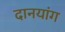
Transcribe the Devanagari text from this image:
दानयांग